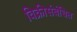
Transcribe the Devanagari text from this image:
विक्रीसंबंधित